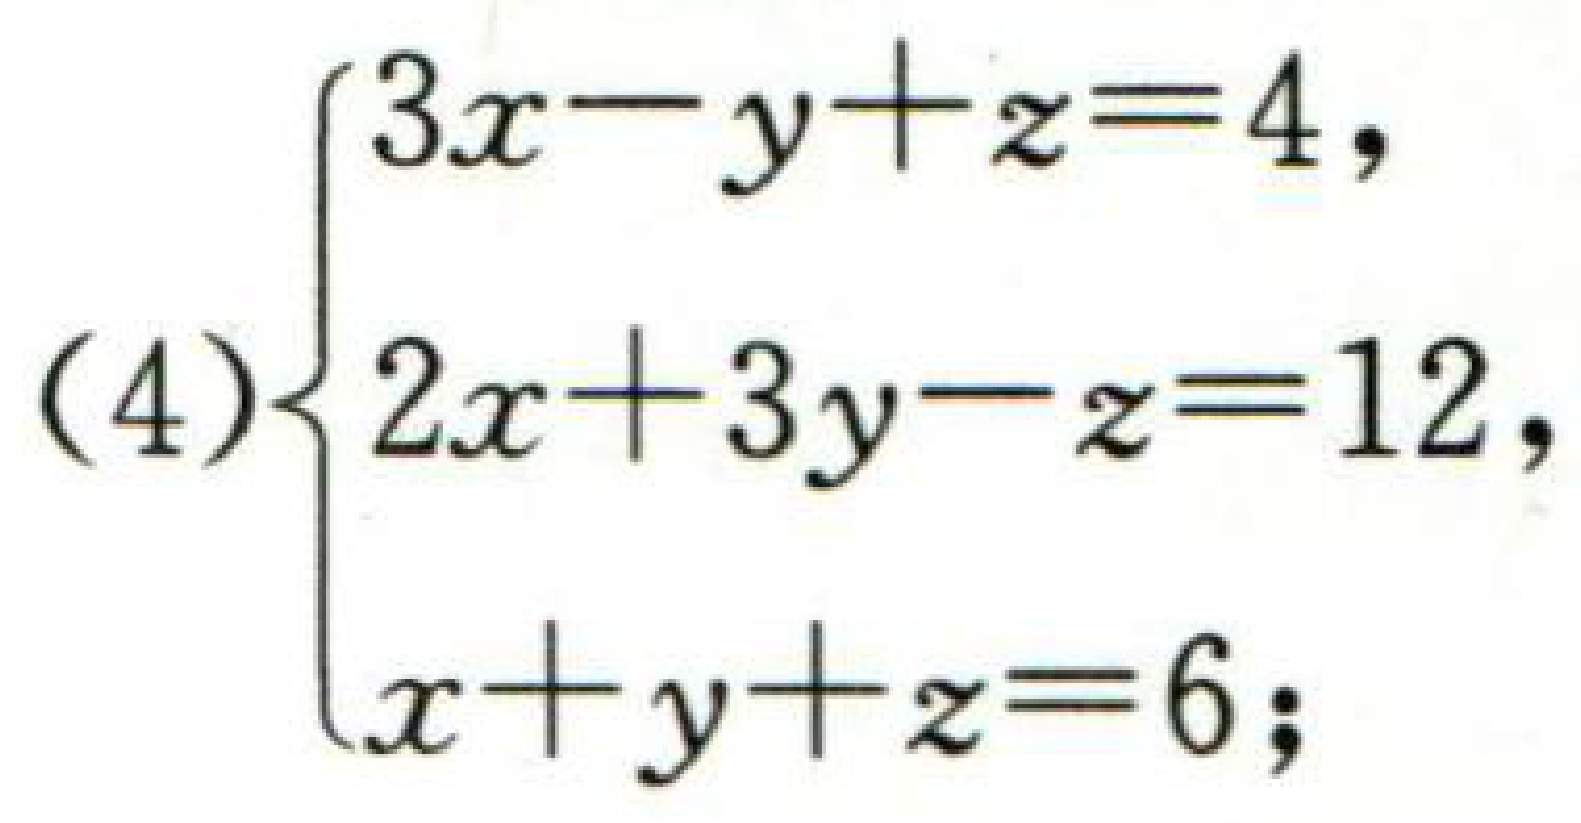
\[(4)\begin{cases}

3x - y + z = 4,\\

2x + 3y - z = 12,\\

x + y + z = 6;

\end{cases}\]